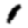
Digit: 1